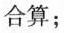
合算；